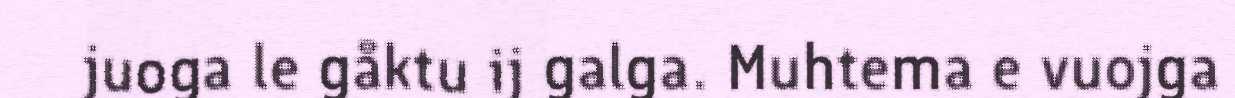
juoga le gåktu ij galga. Muhtema e vuojga